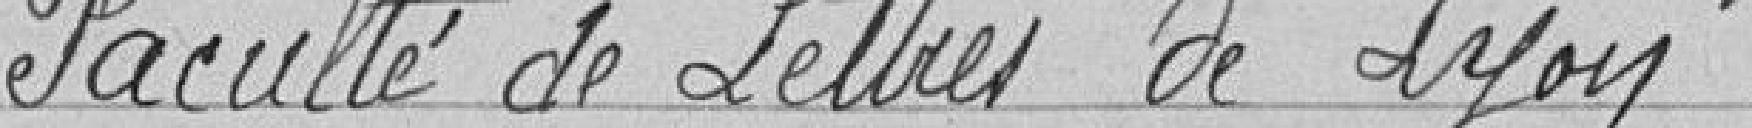
Faculté de Lettres de Lyon